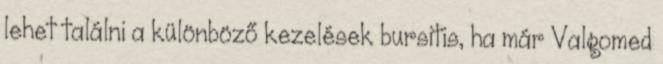
lehet találni a különböző kezelések bursitis, ha már Valgomed